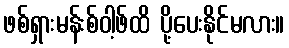
ဖစ်ရှားမန်းစ်ဝါ့ဖ်ထိ ပို့ပေးနိုင်မလား။